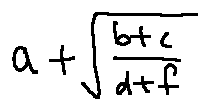
a + \sqrt { \frac { b + c } { d + f } }